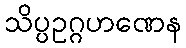
သိပ္ပဥဂ္ဂဟဏေန